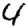
Digit: 4